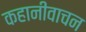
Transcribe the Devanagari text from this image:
कहानीवाचन